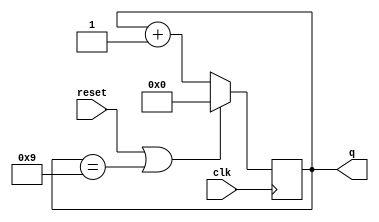
module top_module (
    input clk,
    input reset,      // Synchronous active-high reset
    output [3:0] q);

    always @(posedge clk)
        if(reset || (q == 4'h9) )
            q <= 'b0;
    	else
            q <= q + 4'b1;
    
endmodule